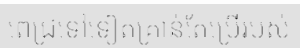
ពេជ្រទៅទៀតគ្រាន់តែប្រើរបស់